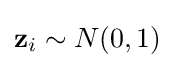
\mathbf {z} _{i}\sim N(0,1)